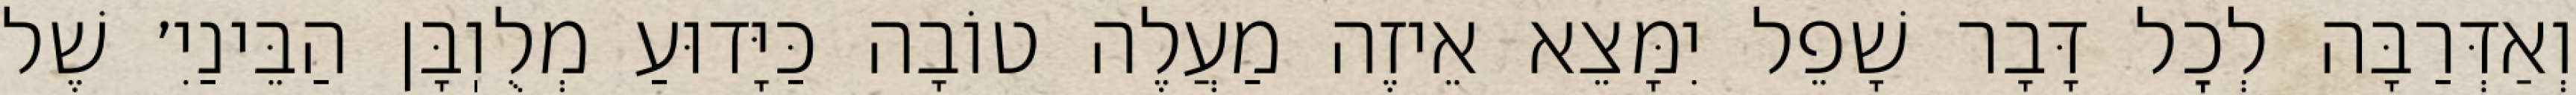
וְאַדְּרַבָּה לְכׇל דָּבָר שָׁפֵל יִמָּצֵא אֵיזֶה מַעֲלֶה טוֹבָה כַּיָּדוּעַ מְלֻוֽבָּן הַבֵּינַיִ׳ שֶׁל